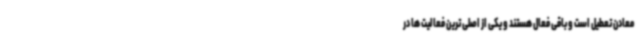
معادن تعطیل است و باقی فعال هستند و یکی از اصلی ترین فعالیت ها در